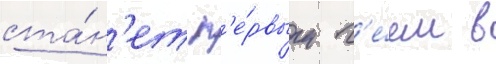
ста́н'ет п'е́рвым г'е́ем в